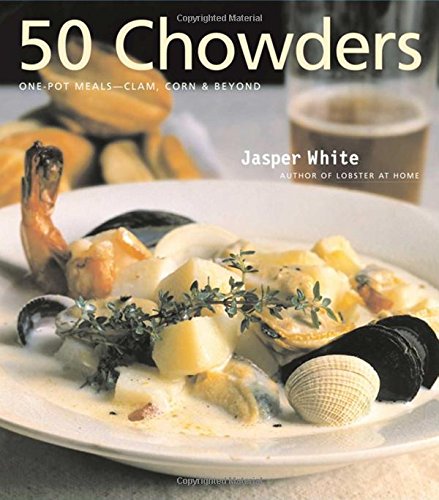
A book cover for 50 Chowders; Jasper White; Cookbooks, Food & Wine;